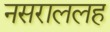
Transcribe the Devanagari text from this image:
नसराललह